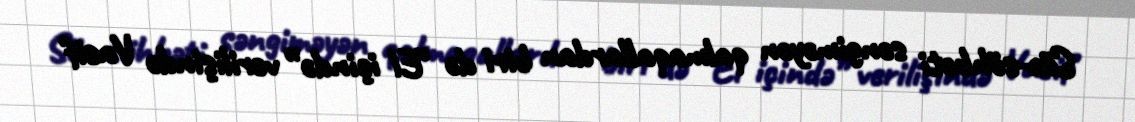
Söz-söhbəti səngiməyən qalmaqallardan biri də “El içində” verilişində Vasif